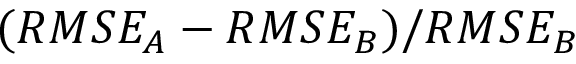
( R M S E _ { A } - R M S E _ { B } ) / R M S E _ { B }